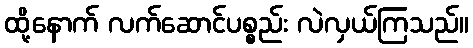
ထို့နောက် လက်ဆောင်ပစ္စည်း လဲလှယ်ကြသည်။